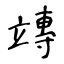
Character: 竱